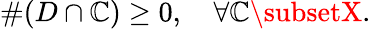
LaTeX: \# (D\cap\mathbb{C})\geq0,\quad\forall\mathbb{C}\subsetX.